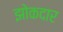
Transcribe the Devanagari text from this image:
झोकदार